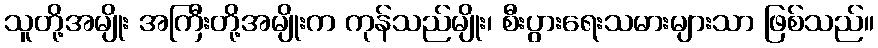
သူတို့အမျိုး အကြီးတို့အမျိုးက ကုန်သည်မျိုး၊ စီးပွားရေးသမားများသာ ဖြစ်သည်။